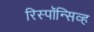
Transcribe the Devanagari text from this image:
रिस्पॉन्सिव्ह